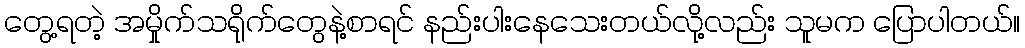
တွေ့ရတဲ့ အမှိုက်သရိုက်တွေနဲ့စာရင် နည်းပါးနေသေးတယ်လို့လည်း သူမက ပြောပါတယ်။